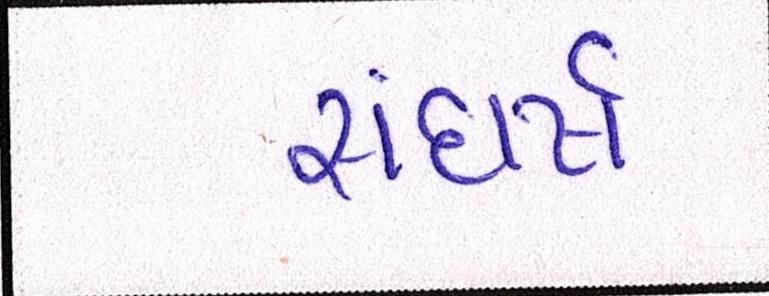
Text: સંઘર્ષ